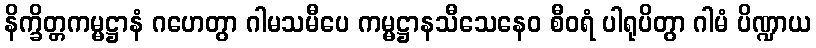
နိက္ခိတ္တကမ္မဋ္ဌာနံ ဂဟေတွာ ဂါမသမီပေ ကမ္မဋ္ဌာနသီသေနေဝ စီဝရံ ပါရုပိတွာ ဂါမံ ပိဏ္ဍာယ